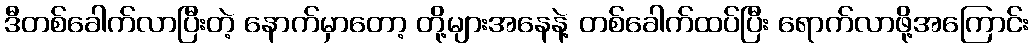
ဒီတစ်ခေါက်လာပြီးတဲ့ နောက်မှာတော့ တို့များအနေနဲ့ တစ်ခေါက်ထပ်ပြီး ရောက်လာဖို့အကြောင်း